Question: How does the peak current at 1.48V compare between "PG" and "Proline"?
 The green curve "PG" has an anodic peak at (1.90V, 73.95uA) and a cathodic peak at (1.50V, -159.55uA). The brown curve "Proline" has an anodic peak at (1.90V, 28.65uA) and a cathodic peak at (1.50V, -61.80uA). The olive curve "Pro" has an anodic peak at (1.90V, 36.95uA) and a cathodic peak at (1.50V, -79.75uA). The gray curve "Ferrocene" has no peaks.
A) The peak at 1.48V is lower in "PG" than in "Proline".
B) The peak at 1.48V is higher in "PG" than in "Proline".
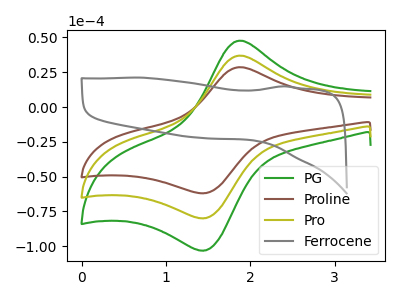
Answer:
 <answer>B) The peak at 1.48V is higher in "PG" than in "Proline".</answer>
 <eval>B</eval>